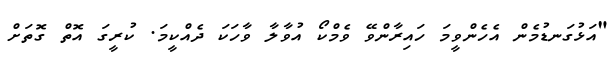
"އަޅުގަނޑުމެން އެހެންވީމަ ހައިރާންވޭ ވެމްކޯ އުވާލާ ވާހަކަ ދެއްކީމަ. ކުރީގަ އޮތް ގޮތަށް